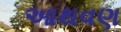
આથવણ